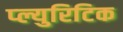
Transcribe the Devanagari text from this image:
प्ल्युरिटिक